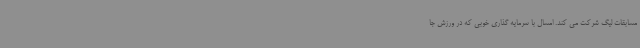
مسابقات لیگ شرکت می کند. امسال با سرمایه گذاری خوبی که در ورزش جا